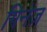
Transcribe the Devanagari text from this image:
गिनेज़